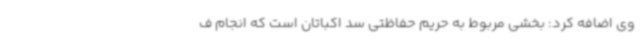
وی اضافه کرد: بخشی مربوط به حریم حفاظتی سد اکباتان است که انجام ف